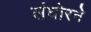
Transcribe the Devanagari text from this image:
लंघोरने